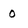
Character: 0